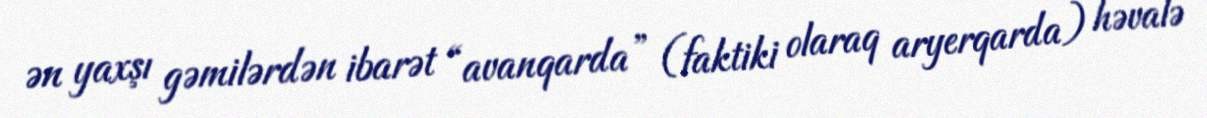
ən yaxşı gəmilərdən ibarət “avanqarda” (faktiki olaraq aryerqarda) həvalə